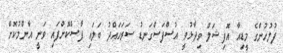
ފުލުހުންގެ މީޑިއާ އޮފިޝަލް ވިދާޅުވީ އުސްފަސްގަނޑު ސަރަހައްދު ބަލައި ފާސްކޮށްފައި ވަނީ އާންމުކޮށް